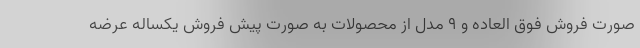
صورت فروش فوق العاده و ۹ مدل از محصولات به صورت پیش فروش یکساله عرضه